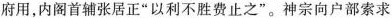
府用，内阁首辅张居正“以利不胜费止之”。神宗向户部索求